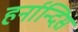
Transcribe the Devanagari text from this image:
हर्नान्दिस